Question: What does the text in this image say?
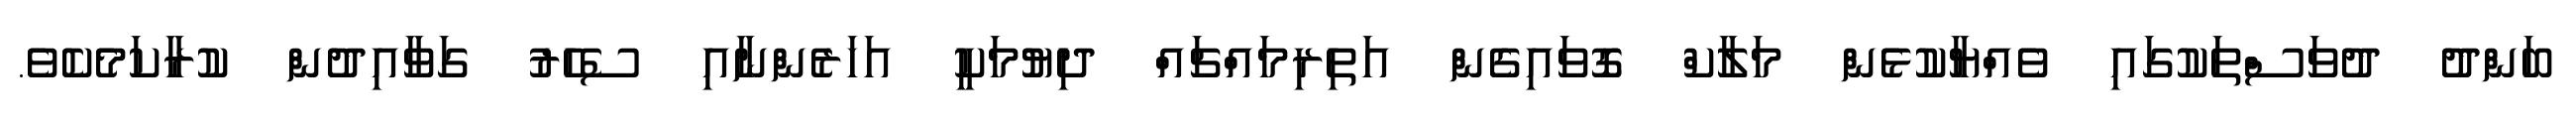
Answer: ބަންދު ދުވަސްތަކުގައި ވެއްޔާކުޅެން މަލާކް ގޮވައިގެން އަތިރިމައްޗައް ދިޔުމަކީ އަހަރެންނާއި ސެހެރު ގަވާއިދުން ކުރާކަމެކެވެ.